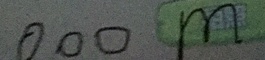
0 0 0 m